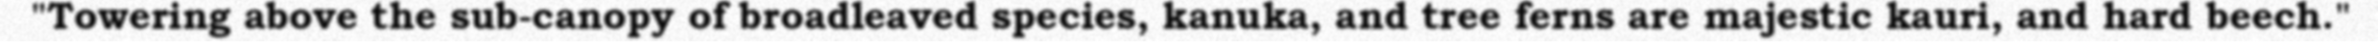
"Towering above the sub-canopy of broadleaved species, kanuka, and tree ferns are majestic kauri, and hard beech."